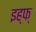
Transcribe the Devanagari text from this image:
इह्फ्